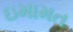
ઇમામત